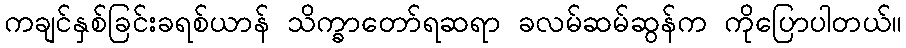
ကချင်နှစ်ခြင်းခရစ်ယာန် သိက္ခာတော်ရဆရာ ခလမ်ဆမ်ဆွန်က ကိုပြောပါတယ်။